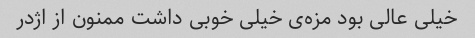
خیلی عالی بود مزه‌ی خیلی خوبی داشت ممنون از اژدر